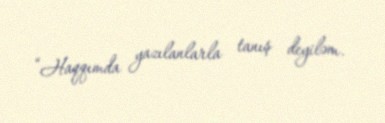
“Haqqımda yazılanlarla tanış deyiləm.